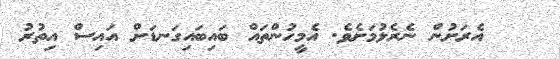
އެރަށުން ނެރެލުމަށެވެ. އެމީހުންތައް ބައިބައިގަނޑަށް އައިސް އިތުރު